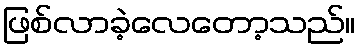
ဖြစ်လာခဲ့လေတော့သည်။